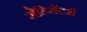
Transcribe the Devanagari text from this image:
सेडिमेंटरी